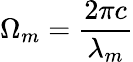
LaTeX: \Omega_{m}=\frac{2\pi c}{\lambda_{m}}